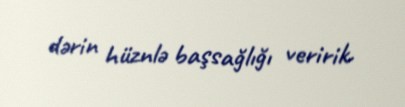
dərin hüznlə başsağlığı veririk.